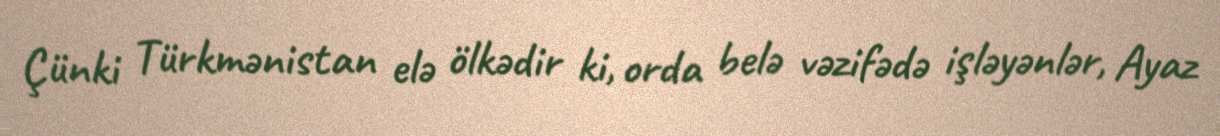
Çünki Türkmənistan elə ölkədir ki, orda belə vəzifədə işləyənlər, Ayaz